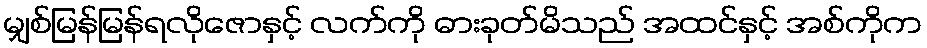
မျှစ်မြန်မြန်ရလိုဇောနှင့် လက်ကို ဓားခုတ်မိသည် အထင်နှင့် အစ်ကိုက